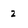
Character: 2